Indian journal of veterinary science and animal husbandry - Volume 2,
Year: 1932
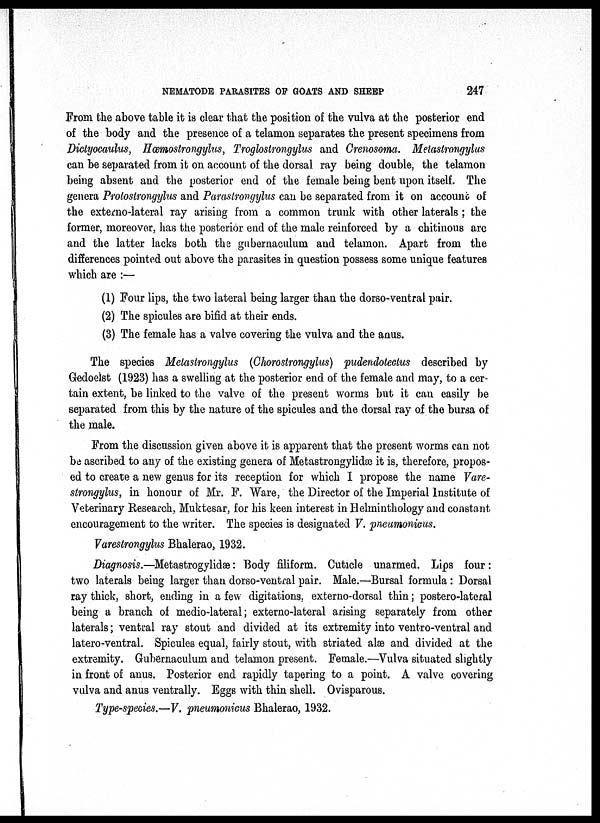
NEMATODE PARASITES OF GOATS AND SHEEP
247
From the above table it is clear that the position of the vulva at the posterior end
of the body and the presence of a telamon separates the present specimens from
Dictyocaulus, Hœmostrongylus, Troglostrongylus and Crenosoma. Metastrongylus
can be separated from it on account of the dorsal ray being double, the telamon
being absent and the posterior end of the female being bent upon itself. The
genera Protostrongylus and Parastrongylus can be separated from it on account of
the externo-lateral ray arising from a common trunk with other laterals ; the
former, moreover, has the posterior end of the male reinforced by a chitinous are
and the latter lacks both the gubernaculum and telamon. Apart from the
differences pointed out above the parasites in question possess some unique features
which are :—
(1) Four lips, the two lateral being larger than the dorso-ventral pair.
(2) The spicules are bifid at their ends.
(3) The female has a valve covering the vulva and the anus.
The species Metastrongylus (Chrostrongylus) pudendotectus described by
Gedoelst (1923) has a swelling at the posterior end of the female and may, to a cer-
tain extent, be linked to the valve of the present worms but it can easily be
separated from this by the nature of the spicules and the dorsal ray of the bursa of
the male.
From the discussion given above it is apparent that the present worms can not
be ascribed to any of the existing genera of Metastrongylidæ it is, therefore, propos-
ed to create a new genus for its reception for which I propose the name Vare-
strongylus, in honour of Mr. F. Ware, the Director of the Imperial Institute of
Veterinary Research, Muktesar, for his keen interest in Helminthology and constant
encouragement to the writer. The species is designated V. pneumonicus.
Varestrongylus Bhalerao, 1932.
Diagnosis.—Metastrogylidæ : Body filiform. Cuticle unarmed. Lips four :
two laterals being larger than dorso-ventral pair. Male.—Bursal formula : Dorsal
ray thick, short, ending in a few digitations, externo-dorsal thin ; postero-lateral
being a branch of medio-lateral ; externo-lateral arising separately from other
laterals ; ventral ray stout and divided at its extremity into ventro-ventral and
latero-ventral. Spicules equal, fairly stout, with striated alæ and divided at the
extremity. Gubernaculum and telamon present. Female.—Vulva situated slightly
in front of anus. Posterior end rapidly tapering to a point. A valve covering
vulva and anus ventrally. Eggs with thin shell. Ovisparous.
Type-species.—V. pneumonicus Bhalerao, 1932.